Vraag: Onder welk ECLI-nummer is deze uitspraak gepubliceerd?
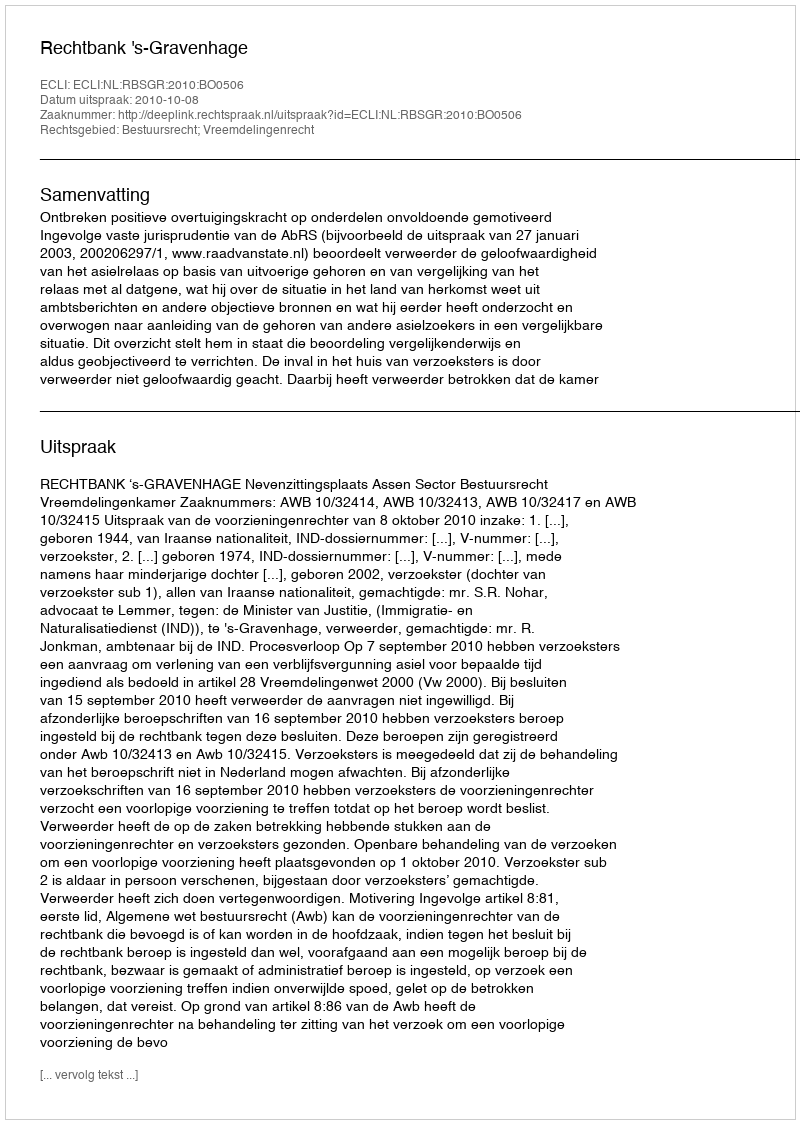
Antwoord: ECLI:NL:RBSGR:2010:BO0506